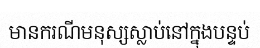
មានករណីមនុស្សស្លាប់នៅក្នុងបន្ទប់